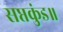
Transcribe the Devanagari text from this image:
सप्तकुंड॥